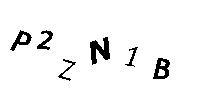
P2ZN1B